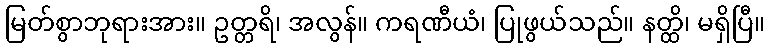
မြတ်စွာဘုရားအား။ ဥတ္တရိ၊ အလွန်။ ကရဏီယံ၊ ပြုဖွယ်သည်။ နတ္ထိ၊ မရှိပြီ။